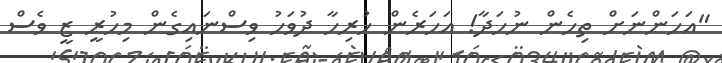
"އަހަންނަށް ތިހެން ނުހަދާ! އަހަރެން ހުރިހާ ދުވަހު ވިސްނައިގެން މިހުރީ ޒީ ވެސް